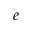
_ e